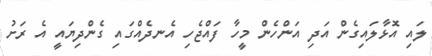
ލައި އޮޅާލައިގެން އަދި އަންހެން މީހާ ފައްޖެހި އެނދެއްގައި ގެންދިޔައީ އެ ރަށު